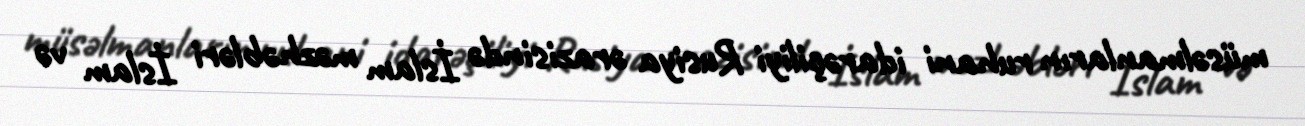
müsəlmanların ruhani idarəçiliyi Rusiya ərazisində İslam məzhəbləri İslam və